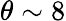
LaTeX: \theta\sim 8